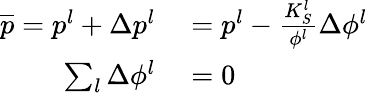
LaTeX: \begin{array}{rl}{\overline{{p}}=p^{l}+\Delta p^{l}}&{{}=p^{l}-\frac{K_{S}^{l}}{\phi^{l}}\Delta\phi^{l}}\\ {\sum_{l}\Delta\phi^{l}}&{{}=0}\end{array}